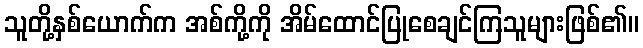
သူတို့နှစ်ယောက်က အစ်ကို့ကို အိမ်ထောင်ပြုစေချင်ကြသူများဖြစ်၏။